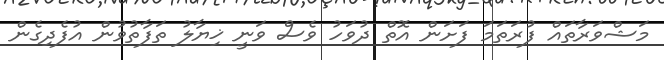
މަޝްވަރާތައް ފުރަތަމަ ފަށަން އޮތް ދުވަހު ވެސް ވަނީ ޚިޔާލު ތަފާތުވުން އުފެދިގެން